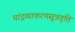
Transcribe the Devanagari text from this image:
चांद्रव्याकरणसूत्रवृत्ति